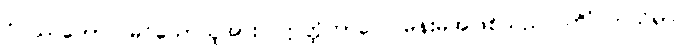
ဝိပဿတော၊ မြင်သောသူအား။ ဣတ္ထိဘာဝေါ၊ မိန်းမအဖြစ်သည်။ ကိံ ကယိရာ၊